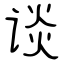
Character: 谈